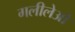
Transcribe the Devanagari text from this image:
गलीलेओ